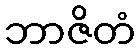
ဘာဇိတံ